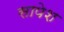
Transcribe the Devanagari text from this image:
सापेश